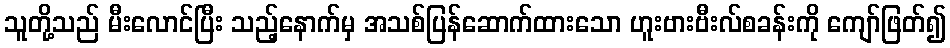
သူတို့သည် မီးလောင်ပြီး သည့်နောက်မှ အသစ်ပြန်ဆောက်ထားသော ဟူးဗားဗီးလ်စခန်းကို ကျော်ဖြတ်၍